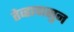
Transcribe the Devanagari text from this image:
तेव्हापासुन